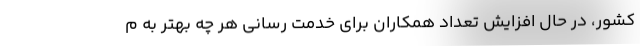
کشور، در حال افزایش تعداد همکاران برای خدمت رسانی هر چه بهتر به م